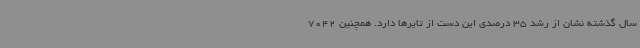
سال گذشته نشان از رشد 35 ‌درصدی این دست از تایرها دارد. همچنین 7042